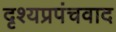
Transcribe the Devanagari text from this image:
दृश्यप्रपंचवाद